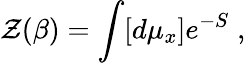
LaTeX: {\cal\mathcal{Z}}(\beta)=\int[d\mu_{x}]e^{-S}\; ,